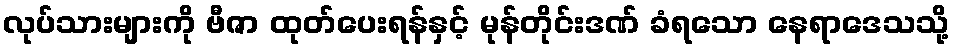
လုပ်သားများကို ဗီဇာ ထုတ်ပေးရန်နှင့် မုန်တိုင်းဒဏ် ခံရသော နေရာဒေသသို့